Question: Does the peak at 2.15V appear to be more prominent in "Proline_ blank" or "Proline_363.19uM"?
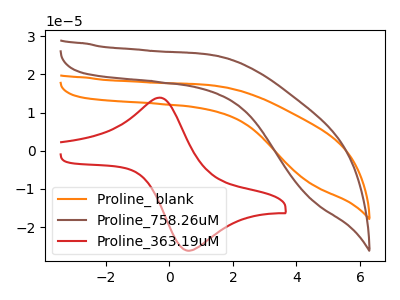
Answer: <think>The orange curve "Proline_ blank" has no peaks. The brown curve "Proline_758.26uM" has no peaks. The red curve "Proline_363.19uM" has an anodic peak at (-0.35V, 13.90uA) and a cathodic peak at (0.60V, -26.20uA).</think>
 <answer>"Proline_ blank" and "Proline_363.19uM" dont share a peak at 2.15V.</answer>
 <eval>mismatch</eval>